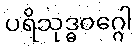
ပရိသုဒ္ဓဝဂ္ဂေါ